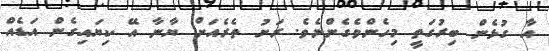
އާ ގުޅެން ބިރުގަތީ މިހެންވެގެންނެވެ. ރަށު ތެރެއަށް ޔާނާ އޭ ކިޔައިގެން އަޑެއް